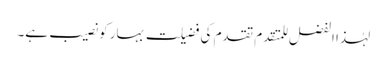
لہٰذا الفضل للمتقدم تقدم کی فضیلت بہار کو نصیب ہے۔